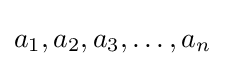
a_{1},a_{2},a_{3},\ldots ,a_{n}